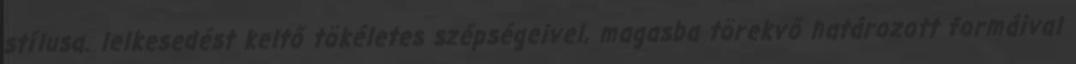
stílusa. lelkesedést keltő tökéletes szépségeivel, magasba törekvő határozott formáival